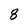
Character: 8